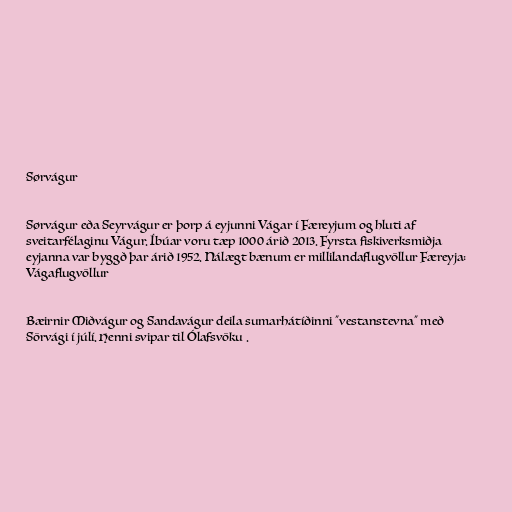
Sørvágur

Sørvágur eða Seyrvágur er þorp á eyjunni Vágar í Færeyjum og hluti af
sveitarfélaginu Vágur. Íbúar voru tæp 1000 árið 2013. Fyrsta fiskiverksmiðja
eyjanna var byggð þar árið 1952. Nálægt bænum er millilandaflugvöllur Færeyja:
Vágaflugvöllur

Bæirnir Miðvágur og Sandavágur deila sumarhátíðinni "vestanstevna" með
Sörvági í júlí. Henni svipar til Ólafsvöku .